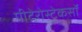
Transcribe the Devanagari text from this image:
पीटेरोस्टेकसॉ